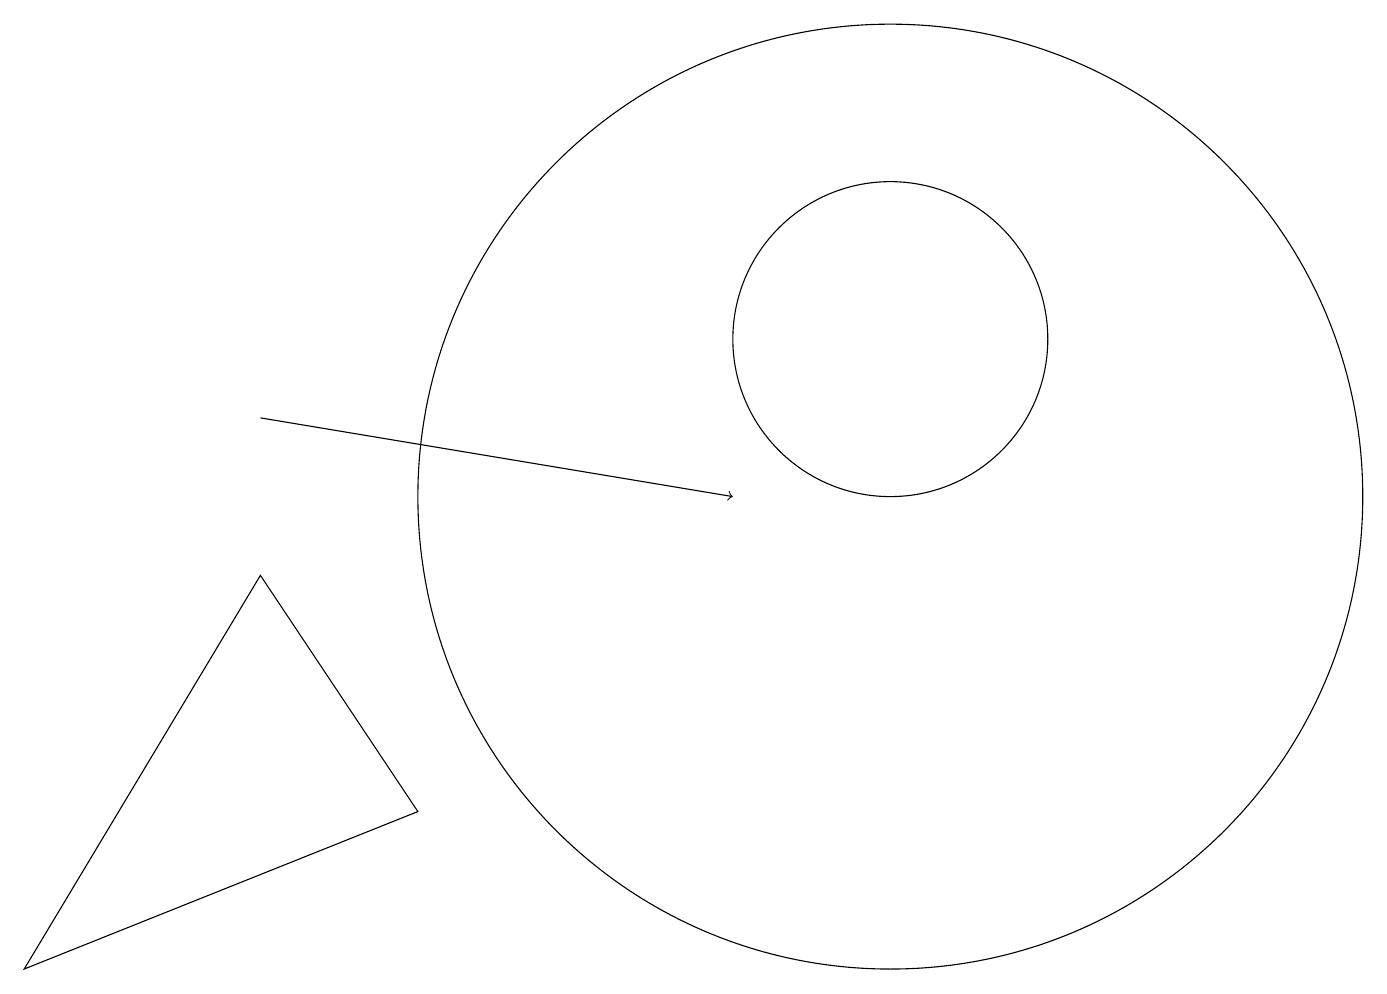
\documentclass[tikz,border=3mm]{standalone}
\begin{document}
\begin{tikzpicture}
\draw[->] (3,11) -- (9,10);
\draw (11,10) circle (6);
\draw (11,12) circle (2);
\draw (3,9) -- (5,6) -- (0,4) -- cycle;
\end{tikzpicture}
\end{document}